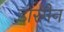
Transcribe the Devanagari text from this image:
डोरमैन